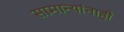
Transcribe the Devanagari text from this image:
सामान्यांनाही